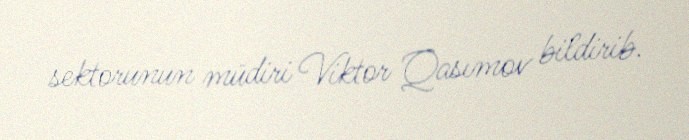
sektorunun müdiri Viktor Qasımov bildirib.